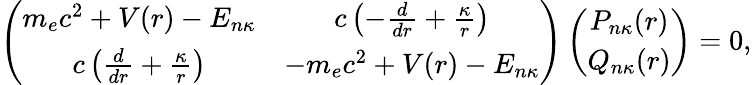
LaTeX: \left(\begin{array}{cc}{m_{e}c^{2}+V(r)-E_{n\kappa}}&{c\left(-\frac{d}{dr}+\frac{\kappa}{r}\right)}\\ {c\left(\frac{d}{dr}+\frac{\kappa}{r}\right)}&{-m_{e}c^{2}+V(r)-E_{n\kappa}}\end{array}\right)\left(\begin{array}{cc}{P_{n\kappa}(r)}\\ {Q_{n\kappa}(r)}\end{array}\right)=0,